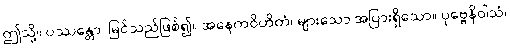
ဤသို့။ ပဿန္တော၊ မြင်သည်ဖြစ်၍။ အနေကဝိဟိတံ၊ များသော အပြားရှိသော။ ပုဗ္ဗေနိဝါသံ၊